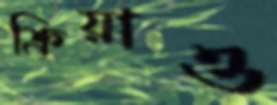
ক্রিয়াও